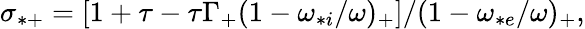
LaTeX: \begin{array}{r}{\sigma_{*+}=\left[1+\tau-\tau\Gamma_{+}(1-\omega_{*i}/\omega)_{+}\right]/(1-\omega_{*e}/\omega)_{+},}\end{array}